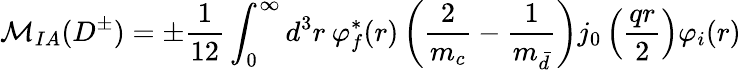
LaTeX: {\cal M}_{IA}(D^{\pm})=\pm\frac{1}{12}\int_{0}^{\infty}d^{3}r\: \varphi_{f}^{*}(r)\left(\frac{2}{m_{c}}-\frac{1}{m_{\bar{d}}}\right)j_{0}\left(\frac{qr}{2}\right)\varphi_{i}(r)